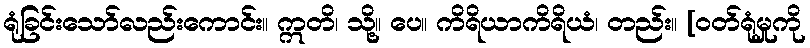
ရုံခြင်းသော်လည်းကောင်း။ ဣတိ၊ သို့။ ပေ။ ကိရိယာကိရိယံ၊ တည်း။ [ဝတ်ရုံမှုကို